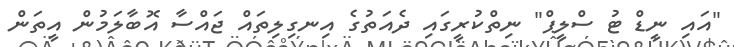
"އައި ނީޑް ޓު ސްލީޕް" ނިތްކުރީގައި ދެއަތުގެ އިނގިލިތައް ޖައްސާ އޮބާލަމުން އީތަން